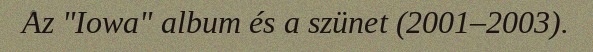
Az "Iowa" album és a szünet (2001–2003).